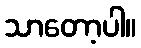
သာတော့ပါ။